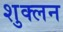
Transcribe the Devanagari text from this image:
शुक्लन